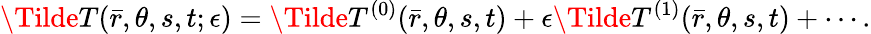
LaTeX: \Tilde{T}(\bar{r},\theta,s,t;\epsilon)=\Tilde{T}^{(0)}(\bar{r},\theta,s,t)+\epsilon\Tilde{T}^{(1)}(\bar{r},\theta,s,t)+\cdots.